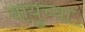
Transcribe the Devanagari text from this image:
वायुच्या